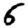
Digit: 6